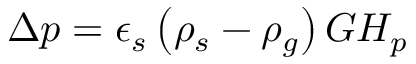
\Delta p = \epsilon _ { s } \left( \rho _ { s } - \rho _ { g } \right) G H _ { p }